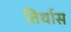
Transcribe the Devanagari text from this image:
तिर्थास